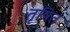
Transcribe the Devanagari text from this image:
तृषित